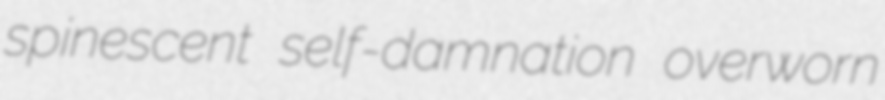
spinescent self-damnation overworn